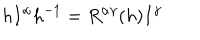
h I ^ { \alpha } h ^ { - 1 } = R ^ { \alpha \gamma } ( h ) I ^ { \gamma }